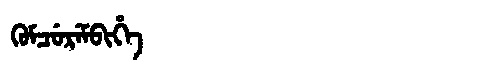
Manchu: ᡴᡠᠮᠴᡠᡵᡝᠮᠪᡳᡥᡝ
Romanization: KUMCUREMBIHE